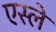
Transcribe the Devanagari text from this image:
एस्ले